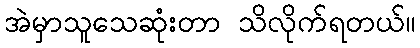
အဲမှာသူသေဆုံးတာ သိလိုက်ရတယ်။